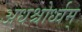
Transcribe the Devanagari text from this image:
अधश्चोर्ध्वम्